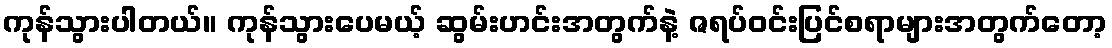
ကုန်သွားပါတယ်။ ကုန်သွားပေမယ့် ဆွမ်းဟင်းအတွက်နဲ့ ဇရပ်ဝင်းပြင်စရာများအတွက်တော့